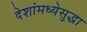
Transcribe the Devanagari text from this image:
देशांमध्येसुद्धा